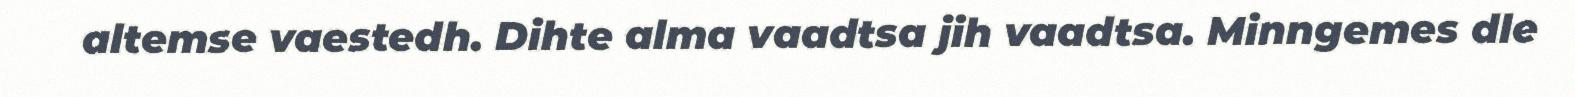
altemse vaestedh. Dihte alma vaadtsa jih vaadtsa. Minngemes dle